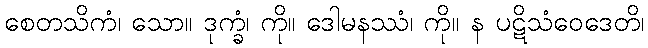
စေတသိကံ၊ သော။ ဒုက္ခံ၊ ကို။ ဒေါမနဿံ၊ ကို။ န ပဋိသံဝေဒေတိ၊